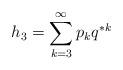
LaTeX: \begin{align*}h_3=\sum_{k=3}^{\infty} p_k q^{*k}\end{align*}